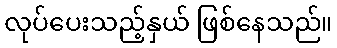
လုပ်ပေးသည့်နှယ် ဖြစ်နေသည်။